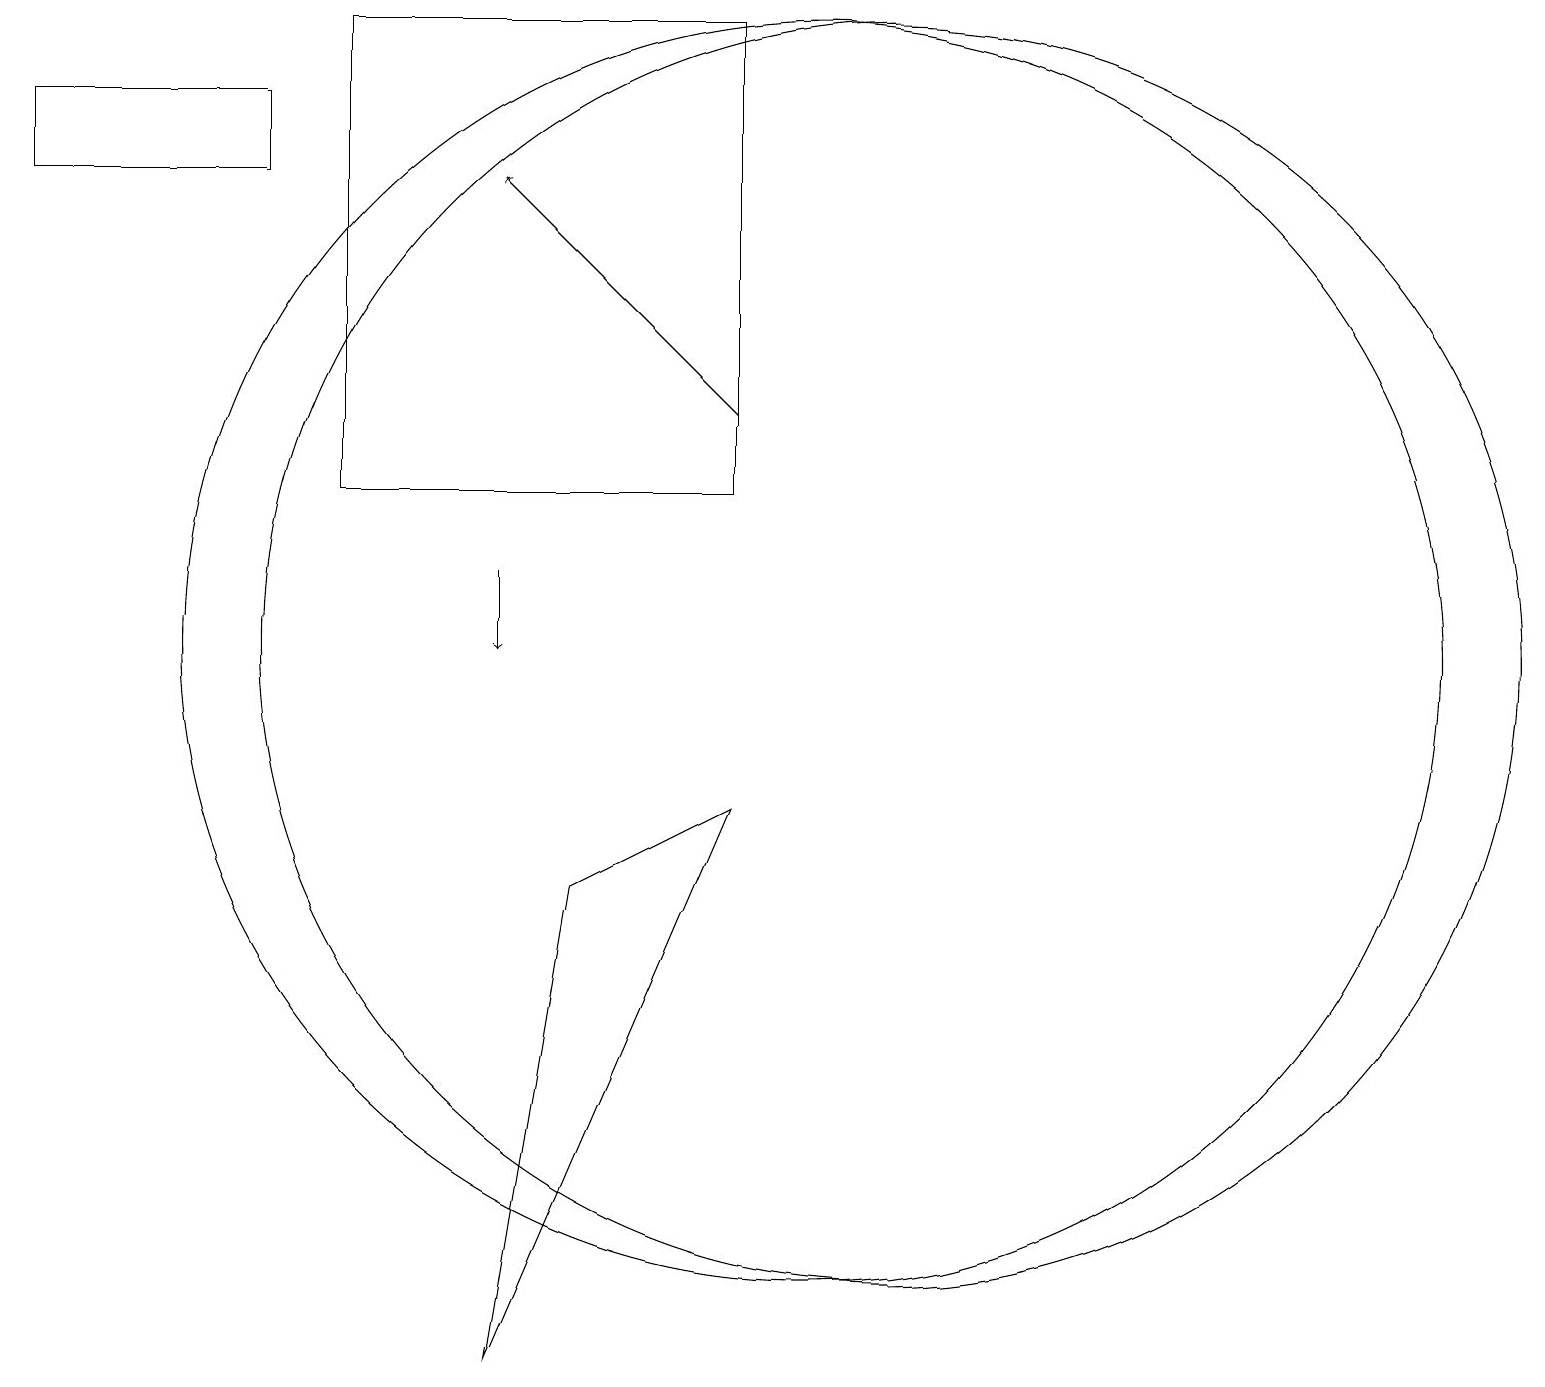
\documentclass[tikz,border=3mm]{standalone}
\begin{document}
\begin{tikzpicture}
\draw (11,10) circle (8);
\draw (3,16) rectangle (0,17);
\draw[->] (9,13) -- (6,16);
\draw[->] (6,11) -- (6,10);
\draw (10,10) circle (8);
\draw (9,8) -- (6,1) -- (7,7) -- cycle;
\draw (4,12) rectangle (9,18);
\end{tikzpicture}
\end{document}